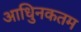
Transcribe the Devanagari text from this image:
आधुिनकतम